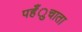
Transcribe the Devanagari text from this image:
पहँुचाता